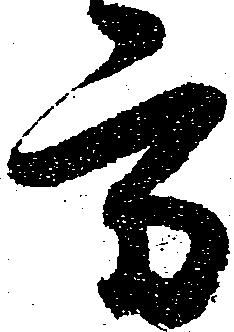
方